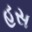
હસ